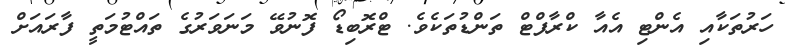
ހަރުތަކާއި އެންޓި އެއާ ކްރާފްޓް ތަންޑުތަކެވެ. ޓްރޮބިޑޯ ފޮނުވޭ މަނަވަރުގެ ތައްޓުމަތީ ފާރައަށް